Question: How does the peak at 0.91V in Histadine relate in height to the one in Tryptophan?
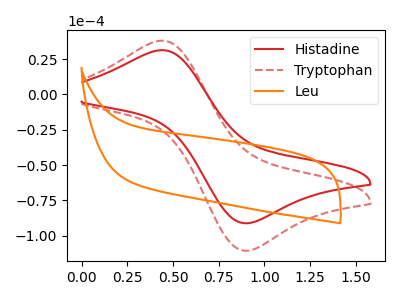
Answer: <think>The red curve "Histadine" has an anodic peak at (0.45V, 31.35uA) and a cathodic peak at (0.90V, -91.10uA). The red dashed curve "Tryptophan" has an anodic peak at (0.45V, 38.10uA) and a cathodic peak at (0.90V, -110.55uA). The orange curve "Leu" has no peaks.</think>
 <answer>The peak at 0.91V is lower in "Histadine" than in "Tryptophan".</answer>
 <eval>lower</eval>